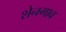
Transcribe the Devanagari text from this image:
शेनगाव